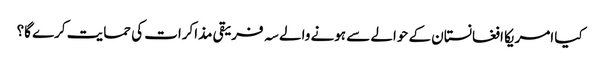
کیا امریکا افغانستان کے حوالے سے ہونے والے سہ فریقی مذاکرات کی حمایت کرے گا؟